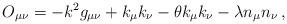
LaTeX: \begin{align*}O_{\mu \nu }=-k^{2}g_{\mu \nu }+k_{\mu }k_{\nu }-\theta k_{\mu }k_{\nu}-\lambda n_{\mu }n_{\nu }\,, \end{align*}